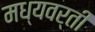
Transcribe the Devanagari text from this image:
मध्‍यवर्ती